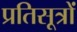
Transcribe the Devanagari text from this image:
प्रतिसूत्रों